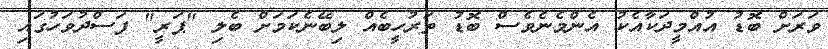
ވަރަށް ބޮޑު އުއްމީދަކާއެކު އެންމެނެވެސް ބޮޑު ތަރުހީބެއް ލިބޭނެކަމަށް ބެލި "ޕަރީ" ފަސްދުވަހުގައި